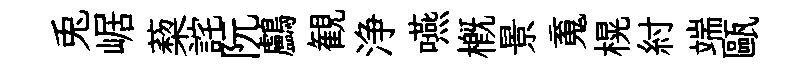
兎崌蔾詫阮鸕観浄嚥概景䰟榥紂端甌